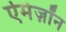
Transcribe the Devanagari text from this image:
ऐमेज़ॉन